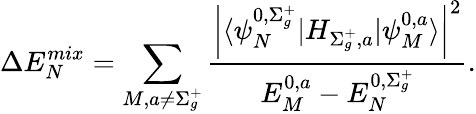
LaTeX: \Delta E_{N}^{mix}=\sum_{M,a\neq\Sigma_{g}^{+}}\frac{\left|\langle\psi_{N}^{0,\Sigma_{g}^{+}}|H_{\Sigma_{g}^{+},a}|\psi_{M}^{0,a}\rangle\right|^{2}}{E_{M}^{0,a}-E_{N}^{0,\Sigma_{g}^{+}}}.